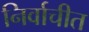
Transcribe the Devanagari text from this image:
निर्वाचीत